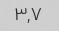
۳,۷